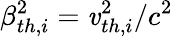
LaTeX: \beta_{th,i}^{2}=\mathit{v}_{th,i}^{2}/c^{2}